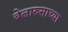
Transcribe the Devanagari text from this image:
बेलारुसाच्या